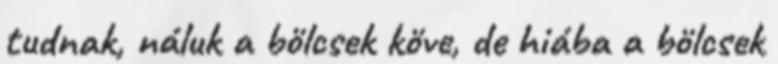
tudnak, náluk a bölcsek köve, de hiába a bölcsek